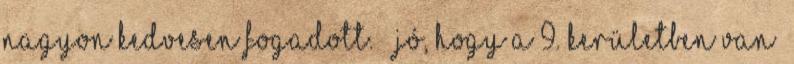
nagyon kedvesen fogadott.” „Jó, hogy a 9. Kerületben van”